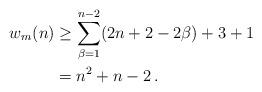
LaTeX: \begin{align*}w_m(n)&\geq\sum_{\beta=1}^{n-2}(2n+2-2\beta)+3+1\\&=n^2+n-2\,.\end{align*}